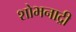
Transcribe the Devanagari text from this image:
शोभनाद्री